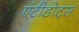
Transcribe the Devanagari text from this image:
एंटीडोट्स